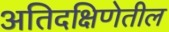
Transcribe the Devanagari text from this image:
अतिदक्षिणेतील